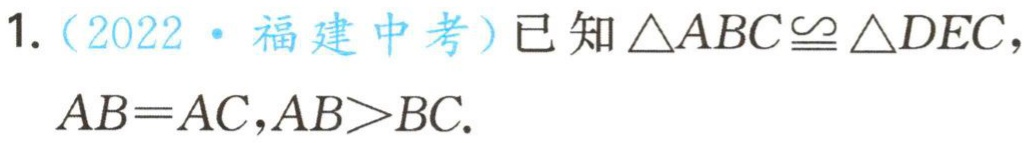
1.（2022·福建中考）已知$\triangle ABC\cong \triangle DEC$，
$AB = AC,AB>BC.$